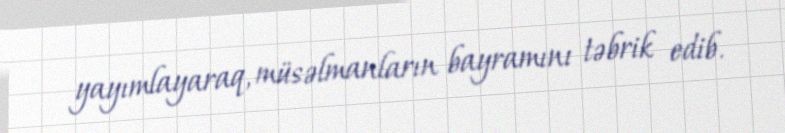
yayımlayaraq, müsəlmanların bayramını təbrik edib.